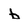
Character: b